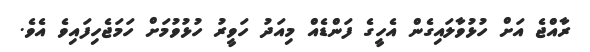
ރާއްޖެ އަށް ހުޅުވާލައިގެން އެހީގެ ފަންޑެއް މިއަދު ހަވީރު ހުޅުވުމަށް ހަމަޖެހިފައިވެ އެވެ.